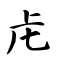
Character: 虍